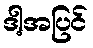
ဒါ့အပြင်